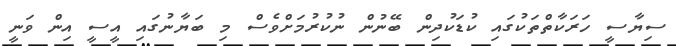
ސިޔާސީ ހަރަކާތްތަކުގައި ކުޑަކުދިން ބޭނުން ނުކުރުމަށްވެސް މި ބަޔާނުގައި އީސީ އިން ވަނީ